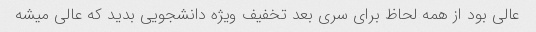
عالی بود از همه لحاظ برای سری بعد تخفیف ویژه دانشجویی بدید که عالی میشه